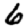
Digit: 6